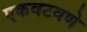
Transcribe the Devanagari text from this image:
एकवटवणे